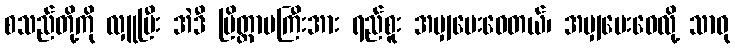
စသည်တို့ကို လှူပြီး အဲဒီ ပြိတ္တာမကြီးအား ရည်စူး အမျှပေးဝေတယ်၊ အမျှပေးဝေလို့ သာဓု